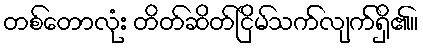
တစ်တောလုံး တိတ်ဆိတ်ငြိမ်သက်လျက်ရှိ၏။